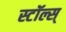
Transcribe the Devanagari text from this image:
स्टॉल्स्